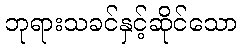
ဘုရားသခင်နှင့်ဆိုင်သော